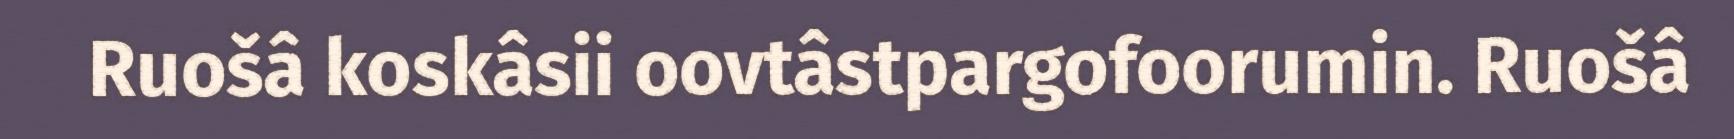
Ruošâ koskâsii oovtâstpargofoorumin. Ruošâ